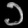
Digit: ၁